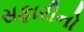
સફારીનો